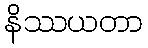
နိဿယတာ